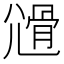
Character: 𡰊